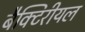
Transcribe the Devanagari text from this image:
बैक्टिरीयल